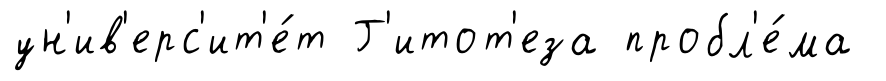
ун'ив'ерс'ит'е́т Г'итот'еза пробл'е́ма